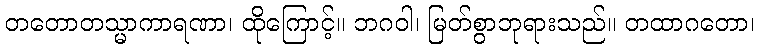
တတောတသ္မာကာရဏာ၊ ထိုကြောင့်။ ဘဂဝါ၊ မြတ်စွာဘုရားသည်။ တထာဂတော၊